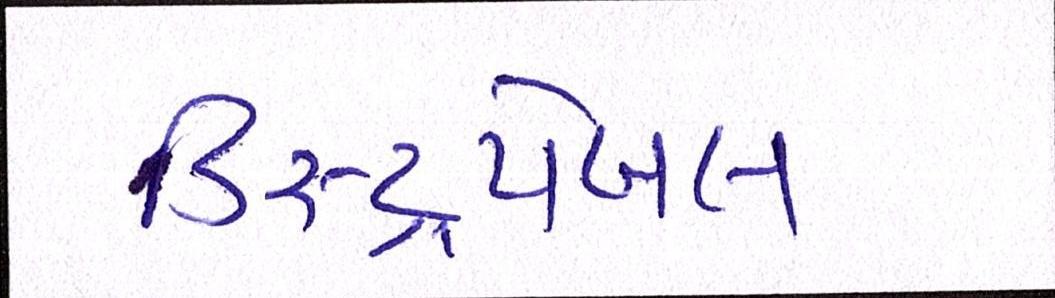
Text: ડિસ્ટ્રપેબલ